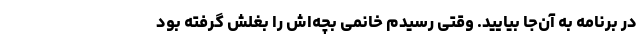
در برنامه به آن‌جا بیایید. وقتی رسیدم خانمی بچه‌اش را بغلش گرفته بود